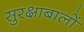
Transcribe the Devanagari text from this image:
सुरक्षाबालों